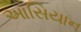
આસિયાન